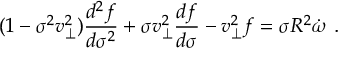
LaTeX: ( 1 - \sigma ^ { 2 } v _ { \perp } ^ { 2 } ) { \frac { d ^ { 2 } f } { d \sigma ^ { 2 } } } + \sigma v _ { \perp } ^ { 2 } { \frac { d f } { d \sigma } } - v _ { \perp } ^ { 2 } f = \sigma R ^ { 2 } \dot { \omega } \ .